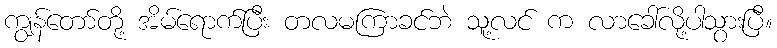
ကျွန်တော်တို့ အိမ်ရောက်ပြီး တလမကြာခင်ဘဲ သူ့လင် က လာခေါ်လို့ပါသွားပြီ။